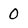
Character: 0